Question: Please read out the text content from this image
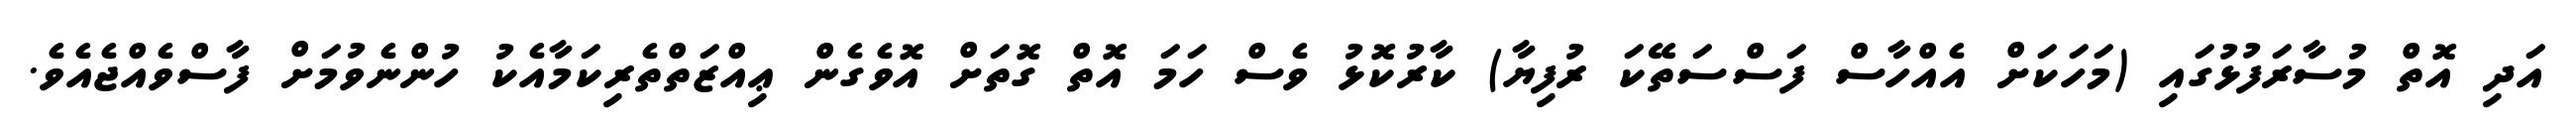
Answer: އަދި އޮތް މުސާރަފުޅުގައި (މަހަކަށް އެއްހާސް ފަސްސަތޭކަ ރުފިޔާ) ކާރުކޮޅު ވެސް ހަމަ އޮތް ގޮތަށް އޮވެގެން ޢިއްޒަތްތެރިކަމާއެކު ހުންނެވުމަށް ފާސްވެއްޖެއެވެ.